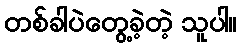
တစ်ခါပဲတွေ့ခဲ့တဲ့ သူပါ။